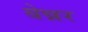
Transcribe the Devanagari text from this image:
बेन्नर